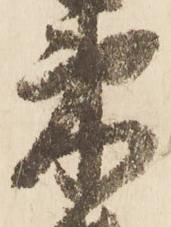
束